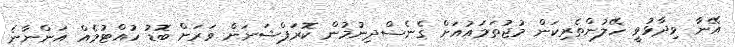
އޭނާ ވިދާޅުވީ ހޭލުންތެރިކަން މުޖުތަމައުއަށް ގެނެސްދިނުމުން ކޮރަޕްޝަނަށް ވަރަށް ބޮޑު ހުއްޓުމެއް އަންނާނެ